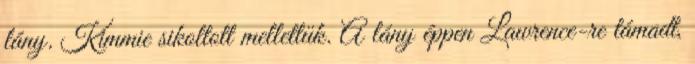
lány. Kimmie sikoltott mellettük. A lány éppen Lawrence-re támadt,